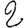
Digit: 2